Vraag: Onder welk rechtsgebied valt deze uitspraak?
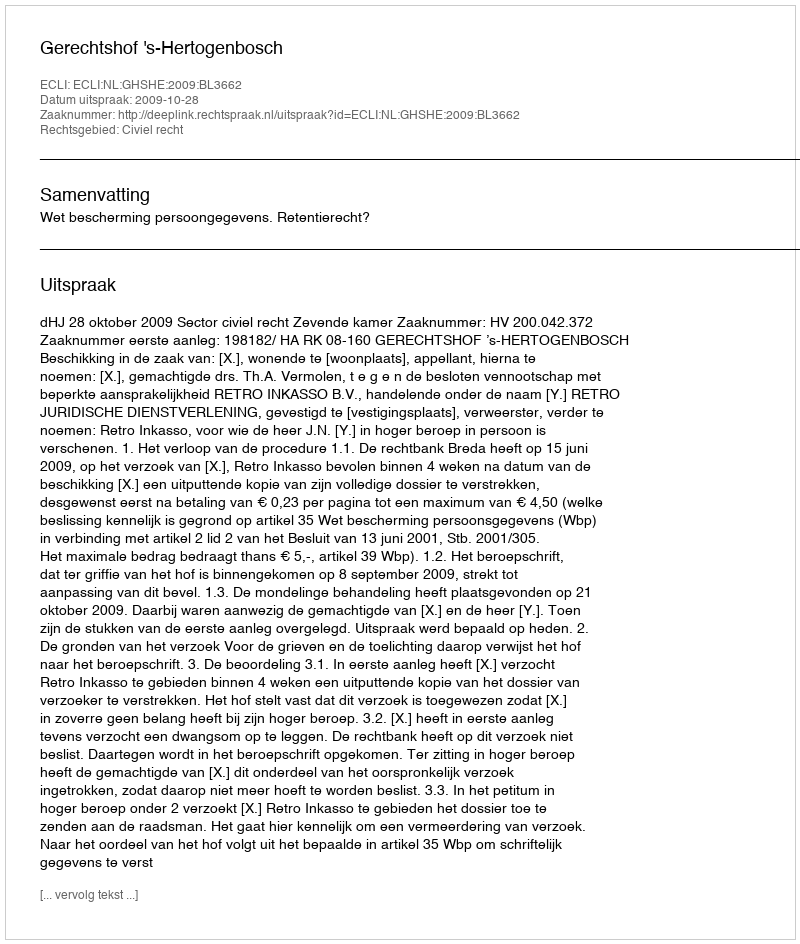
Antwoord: Civiel recht